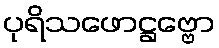
ပုရိသဖောဋ္ဌဗ္ဗော